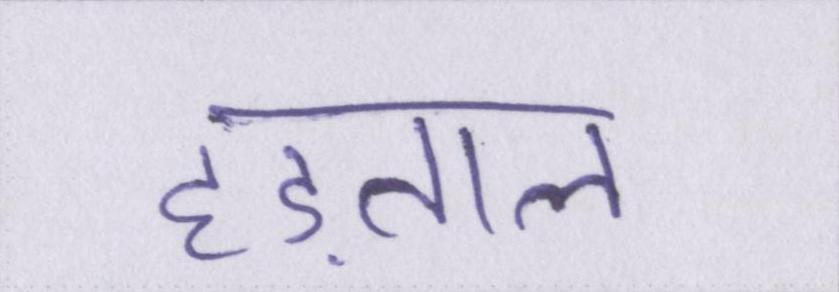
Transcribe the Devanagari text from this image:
हड़ताल